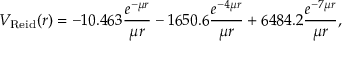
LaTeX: V _ { \mathrm { R e i d } } ( r ) = - 1 0 . 4 6 3 { \frac { e ^ { - \mu r } } { \mu r } } - 1 6 5 0 . 6 { \frac { e ^ { - 4 \mu r } } { \mu r } } + 6 4 8 4 . 2 { \frac { e ^ { - 7 \mu r } } { \mu r } } ,